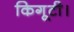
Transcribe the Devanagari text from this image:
किगूटी।